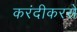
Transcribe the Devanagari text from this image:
करंदीकरसे